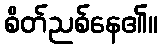
စိတ်ညစ်နေ၏။